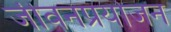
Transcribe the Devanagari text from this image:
जीवनप्रयोजन